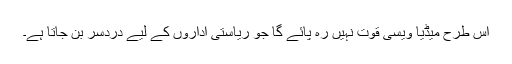
اس طرح میڈیا ویسی قوت نہیں رہ پائے گا جو ریاستی اداروں کے لیے دردسر بن جاتا ہے۔